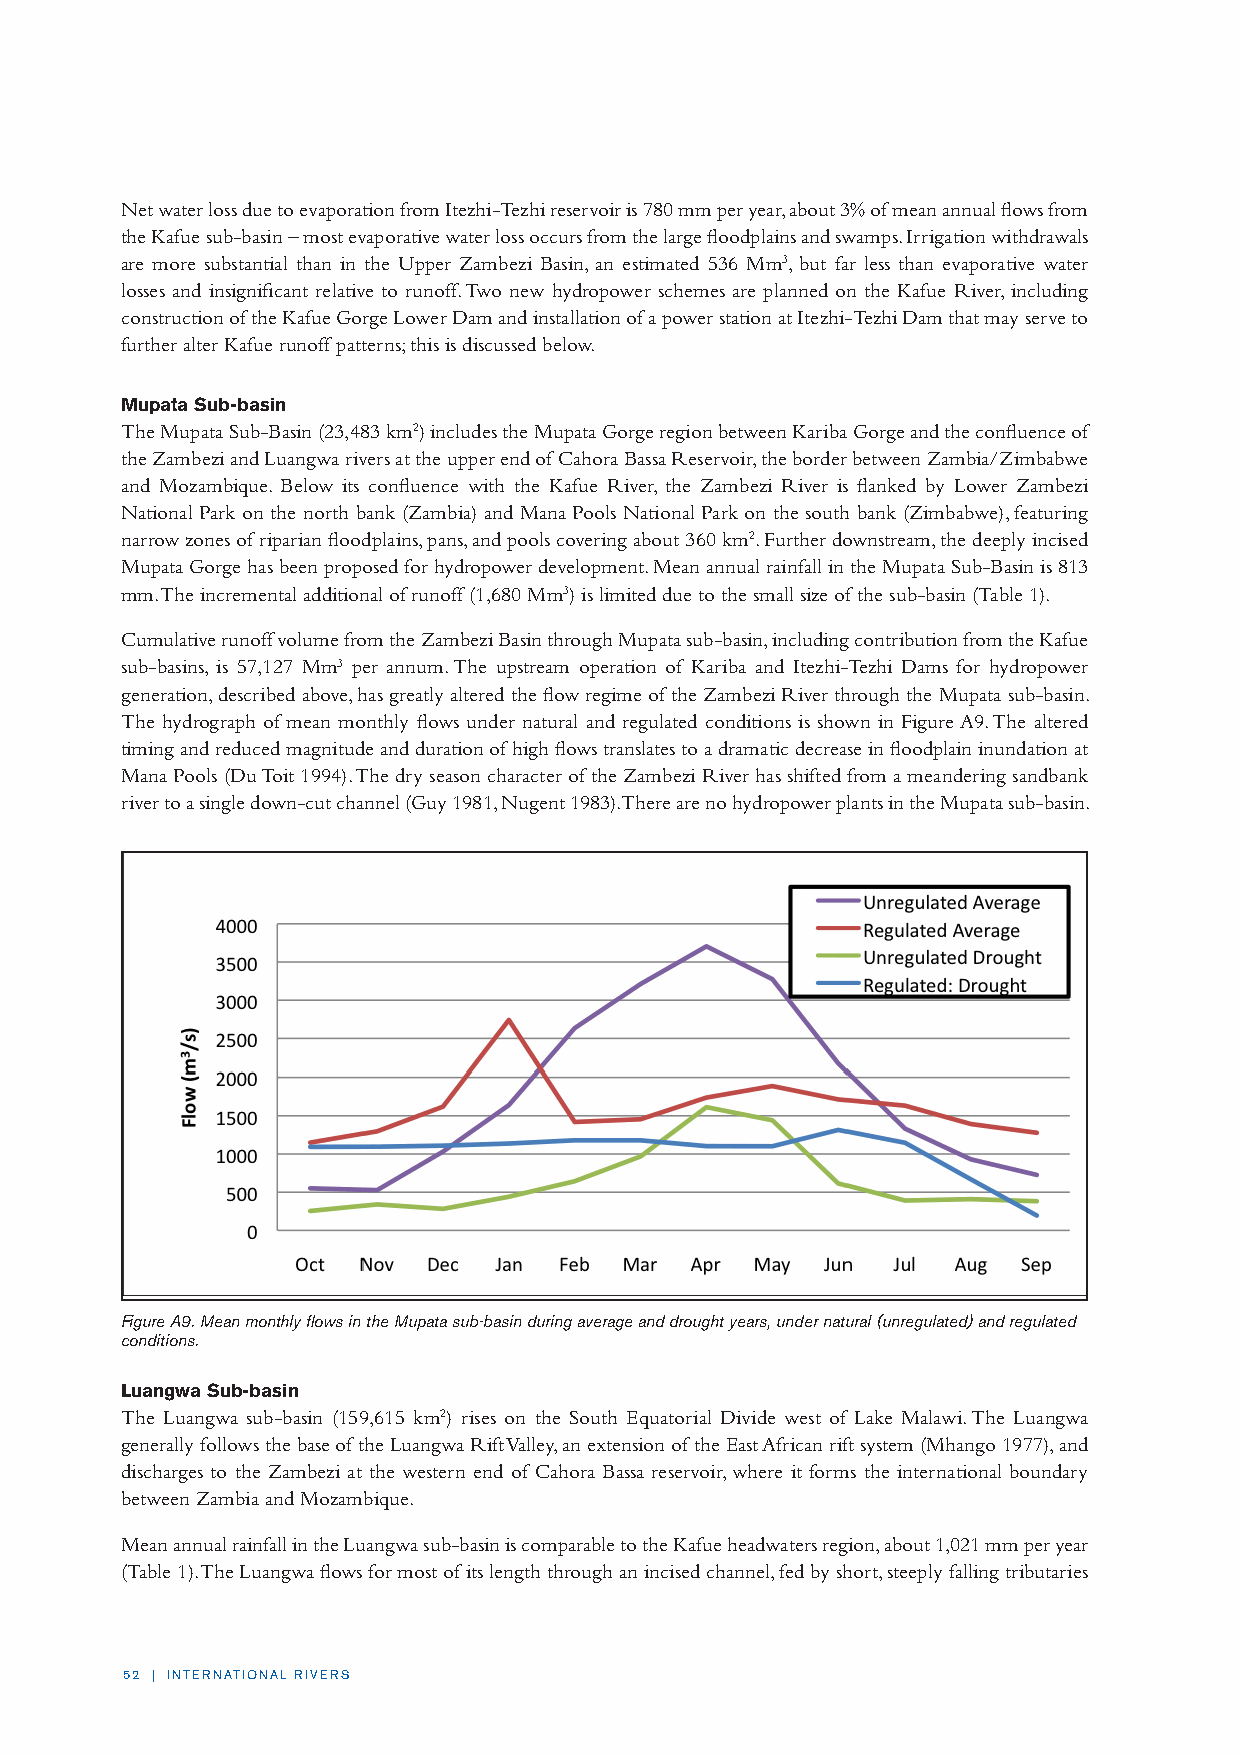
Net water loss due to evaporation from Itezhi-Tezhi reservoir is 780 mm per year, about 3% of mean annual flows from
 the Kafue sub-basin – most evaporative water loss occurs from the large floodplains and swamps. Irrigation withdrawals
 are more substantial than in the Upper Zambezi Basin, an estimated 536 Mm3, but far less than evaporative water
 losses and insignificant relative to runoff. Two new hydropower schemes are planned on the Kafue River, including
 construction of the Kafue Gorge Lower Dam and installation of a power station at Itezhi-Tezhi Dam that may serve to
 further alter Kafue runoff patterns; this is discussed below.
 Mupata Sub-basin
 The Mupata Sub-Basin (23,483 km2) includes the Mupata Gorge region between Kariba Gorge and the confluence of
 the Zambezi and Luangwa rivers at the upper end of Cahora Bassa Reservoir, the border between Zambia/Zimbabwe
 and Mozambique. Below its confluence with the Kafue River, the Zambezi River is flanked by Lower Zambezi
 National Park on the north bank (Zambia) and Mana Pools National Park on the south bank (Zimbabwe), featuring
 narrow zones of riparian floodplains, pans, and pools covering about 360 km2. Further downstream, the deeply incised
 Mupata Gorge has been proposed for hydropower development. Mean annual rainfall in the Mupata Sub-Basin is 813
 mm. The incremental additional of runoff (1,680 Mm3) is limited due to the small size of the sub-basin (Table 1).
 Cumulative runoff volume from the Zambezi Basin through Mupata sub-basin, including contribution from the Kafue
 sub-basins, is 57,127 Mm3 per annum. The upstream operation of Kariba and Itezhi-Tezhi Dams for hydropower
 generation, described above, has greatly altered the flow regime of the Zambezi River through the Mupata sub-basin.
 The hydrograph of mean monthly flows under natural and regulated conditions is shown in Figure A9. The altered
 timing and reduced magnitude and duration of high flows translates to a dramatic decrease in floodplain inundation at
 Mana Pools (Du Toit 1994). The dry season character of the Zambezi River has shifted from a meandering sandbank
 river to a single down-cut channel (Guy 1981, Nugent 1983). There are no hydropower plants in the Mupata sub-basin.
 Figure A9. Mean monthly flows in the Mupata sub-basin during average and drought years, under natural (unregulated) and regulated
 conditions.
 Luangwa Sub-basin
 The Luangwa sub-basin (159,615 km2) rises on the South Equatorial Divide west of Lake Malawi. The Luangwa
 generally follows the base of the Luangwa Rift Valley, an extension of the East African rift system (Mhango 1977), and
 discharges to the Zambezi at the western end of Cahora Bassa reservoir, where it forms the international boundary
 between Zambia and Mozambique.
 Mean annual rainfall in the Luangwa sub-basin is comparable to the Kafue headwaters region, about 1,021 mm per year
 (Table 1). The Luangwa flows for most of its length through an incised channel, fed by short, steeply falling tributaries
 52 | INTERNATIONAL RIVERS